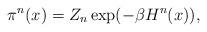
LaTeX: \begin{align*} \pi^n(x) = Z_n \exp(-\beta H^n(x)),\end{align*}